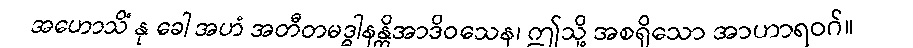
အဟောသိံ နု ခေါ အဟံ အတီတမဒ္ဓါနန္တိအာဒိဝသေန၊ ဤသို့ အစရှိသော အာဟာရဝဂ်။